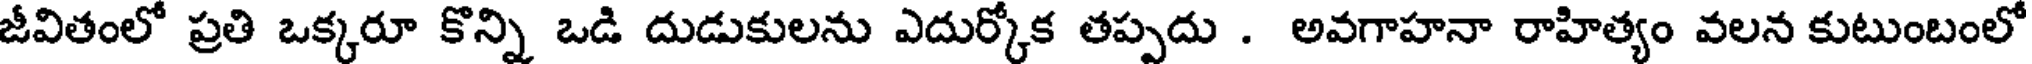
జీవితంలో ప్రతి ఒక్కరూ కొన్ని ఒడి దుడుకులను ఎదుర్కోక తప్పదు . అవగాహనా రాహిత్యం వలన కుటుంబంలో